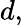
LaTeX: d,